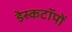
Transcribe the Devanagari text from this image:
डेस्कटॉपों